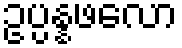
ဥပ္ပန္နဖလော